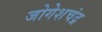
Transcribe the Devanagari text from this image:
जोगेशचंद्र